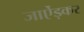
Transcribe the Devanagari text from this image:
जाऐंड़कर